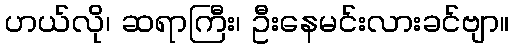
ဟယ်လို၊ ဆရာကြီး၊ ဦးနေမင်းလားခင်ဗျာ။